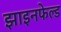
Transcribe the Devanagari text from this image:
झाइनफेल्ड